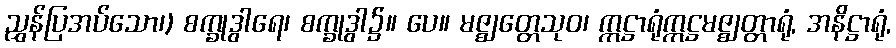
ညွှန်ပြအပ်သော၊) စက္ခုဒွါရေ၊ စက္ခုဒွါ၌။ ပေ။ မဇ္ဈတ္တေသုဝ၊ ဣဋ္ဌာရုံဣဋ္ဌမဇ္ဈတ္တာရုံ, အနိဋ္ဌာရုံ,